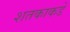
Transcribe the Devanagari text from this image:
शतकाकडे